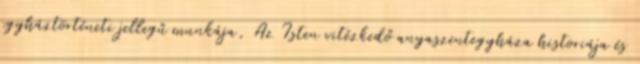
egyháztörténeti jellegű munkája, Az Isten vitézkedő anyaszentegyháza historiája és